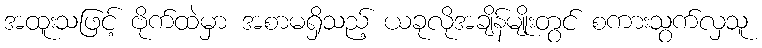
အထူးသဖြင့် ဗိုက်ထဲမှာ အစာမရှိသည့် ယခုလိုအချိန်မျိုးတွင် စကားသွက်လှသူ